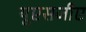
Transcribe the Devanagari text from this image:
यूएसजीए